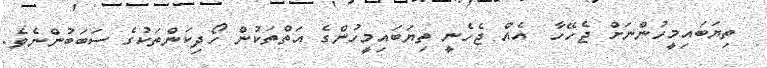
ތިޔަބައިމީހުންނަށް ޖެހޭހާ  އެއް ޖެހެނީ ތިޔަބައިމީހުންގެ އަތްތަކުން ހޯދިކަންތަކުގެ ސަބަބުންނެވެ.